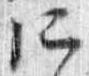
所